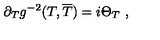
\partial _ { T } g ^ { - 2 } ( T , \overline { { T } } ) = i \Theta _ { T } \ ,